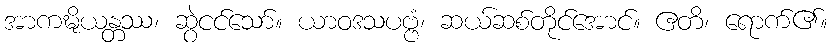
အာကဍ္ဎိယန္တဿ၊ ဆွဲငင်သော်။ ယာဝဒသပဗ္ဗံ၊ ဆယ်ဆစ်တိုင်အောင်။ ဧတိ၊ ရောက်၏။